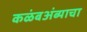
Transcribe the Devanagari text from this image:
कळंबअंब्याचा